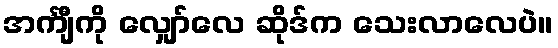
အင်္ကျီကို လျှော်လေ ဆိုဒ်က သေးလာလေပဲ။